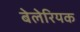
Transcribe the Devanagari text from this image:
बेलेरियक